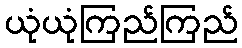
ယုံယုံကြည်ကြည်